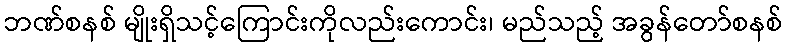
ဘဏ်စနစ် မျိုးရှိသင့်ကြောင်းကိုလည်းကောင်း၊ မည်သည့် အခွန်တော်စနစ်